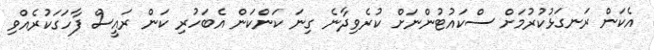
އެކަން ރަނގަޅުކުރުމަށް ސްކައުޓުންނަށް ކުރެވިދާނެ ގިނަ ކަންކަން އެބަހުރި ކަން ރައީސް ފާހަގަކުރެއްވި